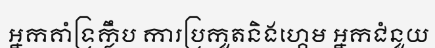
អ្នកគាំទ្រក្លឹប ការប្រកួតនិងហ្គេម អ្នកជំនួយ